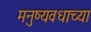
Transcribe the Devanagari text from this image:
मनुष्यवधाच्या